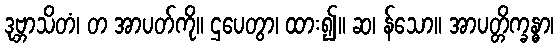
ဒုဗ္ဘာသိတံ၊ တ အာပတ်ကို။ ဌပေတွာ၊ ထား၍။ ဆ၊ န်သော။ အာပတ္တိက္ခန္ဓာ၊